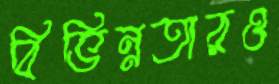
বিভিন্নতারও